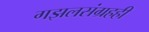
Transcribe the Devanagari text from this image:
गझलसंग्रहही